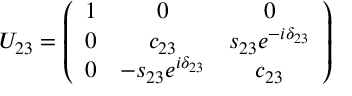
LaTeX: U _ { 2 3 } = \left( \begin{array} { c c c } { { 1 } } & { { 0 } } & { { 0 } } \\ { { 0 } } & { { c _ { 2 3 } } } & { { s _ { 2 3 } e ^ { - i \delta _ { 2 3 } } } } \\ { { 0 } } & { { - s _ { 2 3 } e ^ { i \delta _ { 2 3 } } } } & { { c _ { 2 3 } } } \end{array} \right)